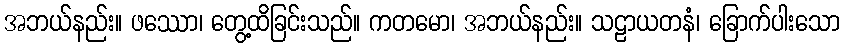
အဘယ်နည်း။ ဖဿော၊ တွေ့ထိခြင်းသည်။ ကတမော၊ အဘယ်နည်း။ သဠာယတနံ၊ ခြောက်ပါးသော